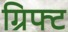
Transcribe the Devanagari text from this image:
ग्रिफ्ट